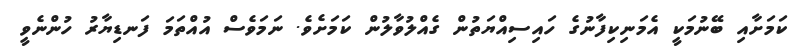
ކަމަށާއި ބޭނުމަކީ އެމަނިކިފާނުގެ ހައިސިއްޔަތުން ގެއްލުވާލުން ކަމަށެވެ. ނަމަވެސް އުއްތަމަ ފަނޑިޔާރު ހުންނެވީ